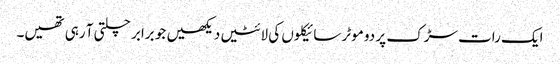
ایک رات سڑک پر دو موٹر سائیکلوں کی لائٹیں دیکھیں جو برابر چلتی آ رہی تھیں۔